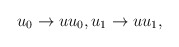
\begin{align*}u_{0}\rightarrow uu_{0},u_{1}\rightarrow uu_{1},\end{align*}